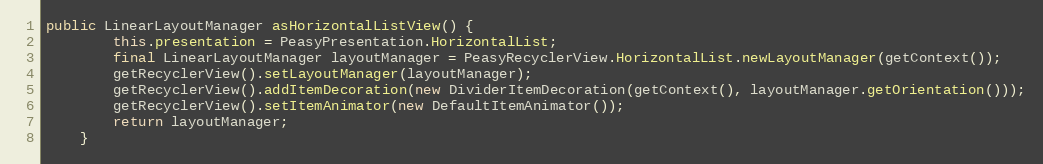
Language: Java
public LinearLayoutManager asHorizontalListView() {
        this.presentation = PeasyPresentation.HorizontalList;
        final LinearLayoutManager layoutManager = PeasyRecyclerView.HorizontalList.newLayoutManager(getContext());
        getRecyclerView().setLayoutManager(layoutManager);
        getRecyclerView().addItemDecoration(new DividerItemDecoration(getContext(), layoutManager.getOrientation()));
        getRecyclerView().setItemAnimator(new DefaultItemAnimator());
        return layoutManager;
    }